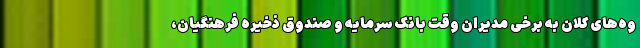
وه‌های کلان به برخی مدیران وقت بانک سرمایه و صندوق ذخیره فرهنگیان،